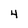
Character: 4